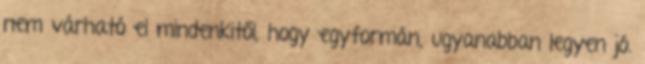
nem várható el mindenkitől, hogy egyformán, ugyanabban legyen jó.